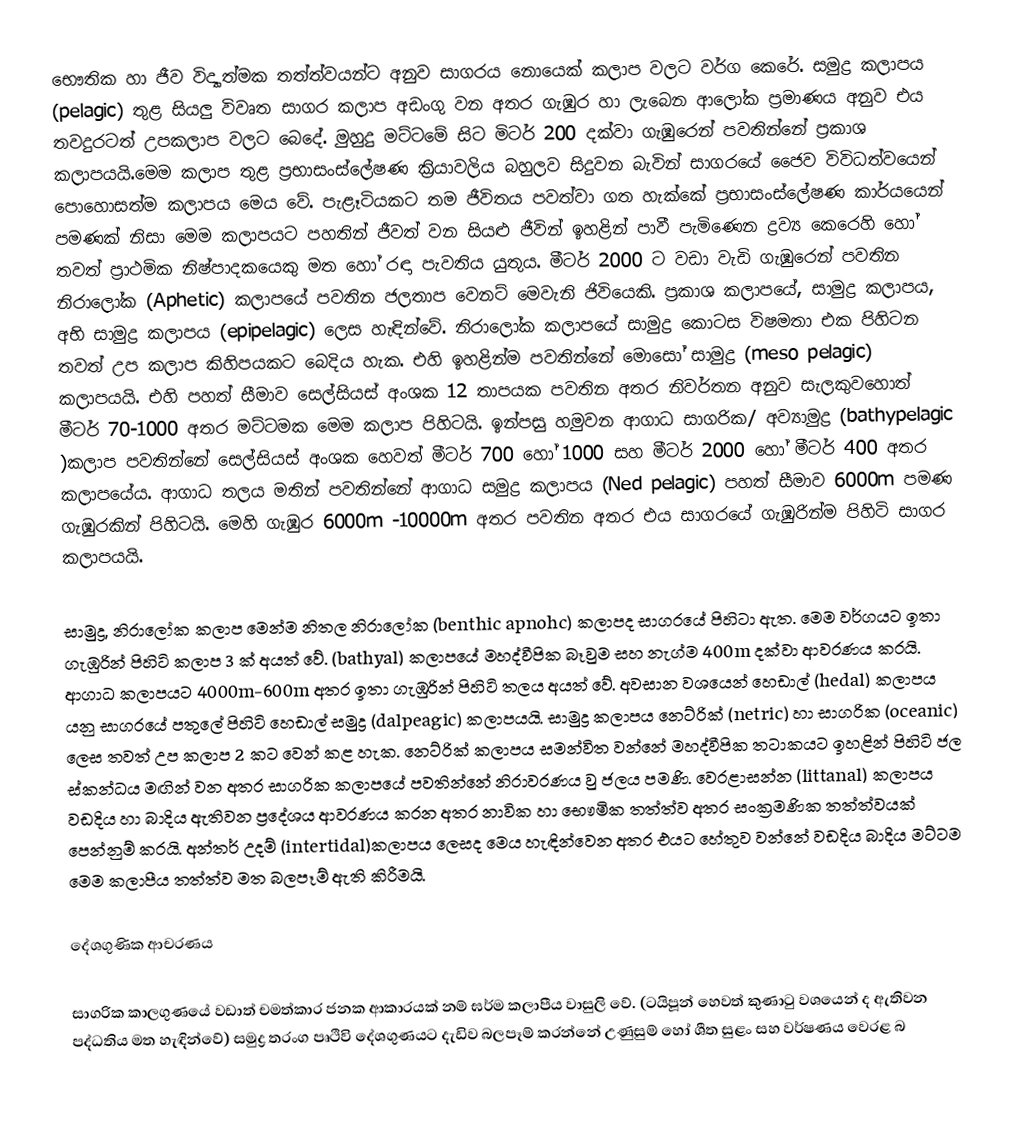
භෞතික හා ජීව විද්‍යාත්මක තත්ත්වයන්ට අනුව සාගරය නොයෙක් කලාප වලට වර්ග කෙරේ. සමුද්‍ර කලාපය (pelagic) තුළ සියලු විවෘත සාගර කලාප අඩංගු වන අතර ගැඹුර හා ලැබෙන ආලෝක ප්‍රමාණය අනුව එය තවදුරටත් උපකලාප වලට බෙදේ. මුහුදු මට්ටමේ සිට  මිටර් 200 දක්වා ගැඹුරෙන් පවතින්නේ ප්‍රකාශ කලාපයයි.මෙම කලාප තුළ ප්‍රභාසංස්ලේෂණ ක්‍රියාවලිය බහුලව සිදුවන බැවින් සාගරයේ ජෛව විවිධත්වයෙන් පොහොසත්ම කලාපය මෙය වේ. පැළෑටියකට තම ජීවිතය පවත්වා ගත හැක්කේ ප්‍රභාසංස්ලේෂණ කාර්යයෙන් පමණක් නිසා මෙම කලාපයට පහතින් ජීවත් වන සියළු ජීවින් ඉහළින් පාවී පැමිණෙන ද්‍රව්‍ය කෙරෙහි හෝ තවත් ප්‍රාථමික නිෂ්පාදකයෙකු මත හෝ රඳා පැවතිය යුතුය. මීටර් 2000 ට වඩා වැඩි ගැඹුරෙන් පවතින නිරාලෝක (Aphetic) කලාපයේ පවතින ජලතාප වෙනට් මෙවැනි ජිවියෙකි. ප්‍රකාශ කලාපයේ, සාමුද්‍ර කලාපය, අභි සාමුද්‍ර කලාපය (epipelagic) ලෙස හැඳින්වේ. නිරාලෝක කලාපයේ සාමුද්‍ර කොටස විෂමතා එක පිහිටන තවත් උප කලාප කිහිපයකට බෙදිය හැක. එහි ඉහළින්ම පවතින්නේ මොසෝ සාමුද්‍ර (meso pelagic) කලාපයයි. එහි පහත් සීමාව සෙල්සියස් අංශක 12 තාපයක පවතින අතර නිවර්තන අනුව සැලකුවහොත් මීටර් 70-1000 අතර මට්ටමක මෙම කලාප පිහිටයි. ඉන්පසු හමුවන ආගාධ සාගරික/ අව්‍යාමුද්‍ර (bathypelagic )කලාප පවතින්නේ සෙල්සියස් අංශක   හෙවත් මීටර් 700 හෝ 1000 සහ මීටර් 2000 හෝ මීටර්  400 අතර කලාපයේය. ආගාධ තලය මතින් පවතින්නේ ආගාධ සමුද්‍ර කලාපය (Ned pelagic) පහත් සීමාව 6000m පමණ ගැඹුරකින් පිහි‍ටයි. මෙහි ගැඹුර 6000m -10000m අතර පවතින අතර එය සාගරයේ ගැඹුරින්ම පිහිටි සාගර කලාපයයි.

සාමුද්‍ර, නිරා‍ලෝක කලාප මෙන්ම නිතල නිරාලෝක (benthic apnohc) කලාපද සාගරයේ පිහිටා ඇත. මෙම වර්ගයට ඉතා ගැඹුරින් පිහිටි කලාප 3 ක් අයත් වේ. (bathyal) කලාපයේ මහද්වීපික බෑවුම සහ නැග්ම 400m දක්වා ආවරණය කරයි. ආගාධ කලාපයට 4000m-600m අතර ඉතා ගැඹුරින් පිහිටි තලය අයත් වේ. අවසාන වශයෙන් හෙඩාල් (hedal) කලාපය යනු සාගරයේ පතුලේ පිහිටි හෙඩාල් සමුද්‍ර (dalpeagic) කලාපයයි. සාමුද්‍ර කලාපය නෙට්රික් (netric) හා සාගරික (oceanic) ලෙස තවත් උප කලාප 2 කට වෙන් කළ හැක. නෙට්රික් කලාපය සමන්විත වන්නේ මහද්වීපික තටාකයට ඉහළින් පිහිටි ජල ස්කන්ධය මඟින් වන අතර සාගරික කලාපයේ පවතින්නේ නිරාවරණය වු ජලය පමණි. වෙරළාසන්න (littanal) කලාපය වඩදිය හා බාදිය ඇතිවන ප්‍රදේශය ආවරණය කරන අතර නාවික හා භෞමික තත්ත්ව අතර සංක්‍රමණික තත්ත්වයක් පෙන්නුම් කරයි. අන්තර් උදම් (intertidal)කලාපය ලෙසද මෙය හැඳින්වෙන අතර එයට හේතුව වන්නේ වඩදිය බාදිය මට්ටම මෙම කලාපීය තත්ත්ව මත බලපෑම් ඇති කිරීමයි.

දේශගුණික ආචරණය

සාගරික කාලගුණයේ වඩාත් චමත්කාර ජනක ආකාරයක් නම් ඝර්ම කලාපීය වාසුලි වේ. (ටයිපූන් හෙවත් කුණාටු වශයෙන් ද ඇතිවන පද්ධතිය මත හැඳින්වේ) සමුද්‍ර තරංග පෘථිවි දේශගුණයට දැඩිව බලපෑම් කරන්නේ උණුසුම් හෝ ශීත සුළං සහ වර්ෂණය වෙරළ බ